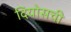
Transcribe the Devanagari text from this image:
दियोसची